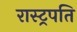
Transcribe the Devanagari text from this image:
रास्ट्रपति